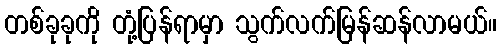
တစ်ခုခုကို တုံ့ပြန်ရာမှာ သွက်လက်မြန်ဆန်လာမယ်။